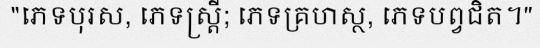
"ភេទបុរស, ភេទស្ត្រី; ភេទគ្រហស្ថ, ភេទបព្វជិត។"